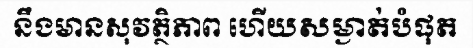
នឹងមានសុវត្ថិភាព ហើយសម្ងាត់បំផុត